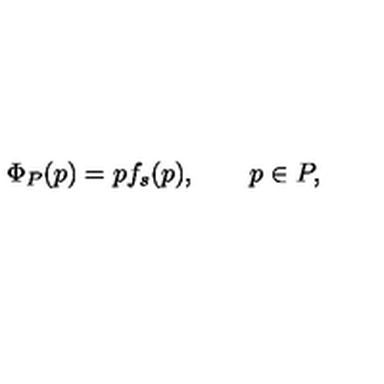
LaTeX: \Phi _ { P } ( p ) = p f _ { s } ( p ) , \qquad p \in P ,